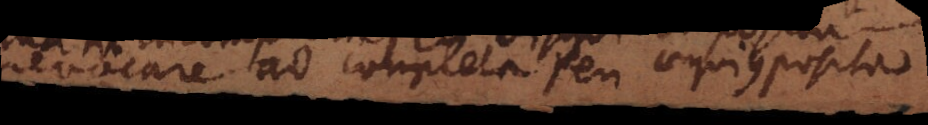
revocare ad completa seu aequicomposita